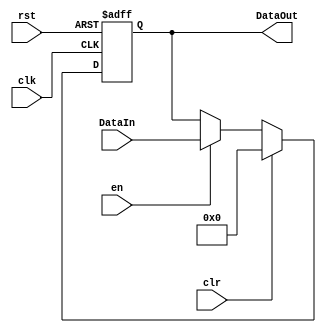
/////////////////////////////////////////////////////////////////////////////////////////////////////////////
//  Accumulator for CPU1
//
//  Wrote   : 07 Jan 2019
//
/////////////////////////////////////////////////////////////////////////////////////////////////////////////

module accumulator (
    DataIn,
    DataOut,
    en,
    clr,
    clk,
    rst
    );

    input       [7:0]   DataIn;
    input               en;
    input               clk;
    input               clr;
    input               rst;

    output reg [7:0]    DataOut;

    always @ (posedge clk or posedge rst)
    begin
        if(rst)
        begin
            DataOut <= 8'h00;
        end
        else
        begin
            if(clr)
            begin
                DataOut <= 8'h00;
            end
            else if(en)
            begin
                DataOut <= DataIn;
            end
        end
    end

endmodule